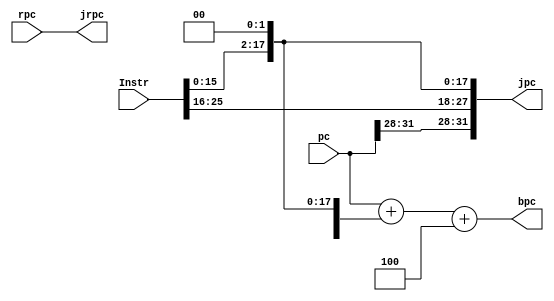
`timescale 1ns / 1ps
//////////////////////////////////////////////////////////////////////////////////
// Company: 
// Engineer: 
// 
// Design Name: 
// Module Name:    pc_cal 
// Project Name: 
// Target Devices: 
// Tool versions: 
// Description: 
//
// Dependencies: 
//
// Revision: 
// Revision 0.01 - File Created
// Additional Comments: 
//
//////////////////////////////////////////////////////////////////////////////////
module pc_cal_ID(
    input [31:0] pc,
    input [31:0] Instr,
	 input [31:0] rpc,
    output [31:0] bpc,
	 output [31:0] jpc,
	 output [31:0] jrpc
    );
wire [31:0]offset;
assign offset={{14{Instr[15]}},Instr[15:0],2'b00};
assign bpc = pc+offset+4;
assign jpc = {pc[31:28],Instr[25:0],2'b00};
assign jrpc = rpc;

endmodule